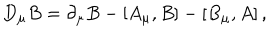
D _ { \mu } B = \partial _ { \mu } B - \left[ A _ { \mu } , B \right] - \left[ B _ { \mu } , A \right] ,